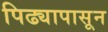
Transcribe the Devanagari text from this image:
पिढ्यापासून